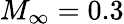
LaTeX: M_{\infty}=0.3